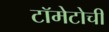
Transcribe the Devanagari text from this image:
टॉमेटोची